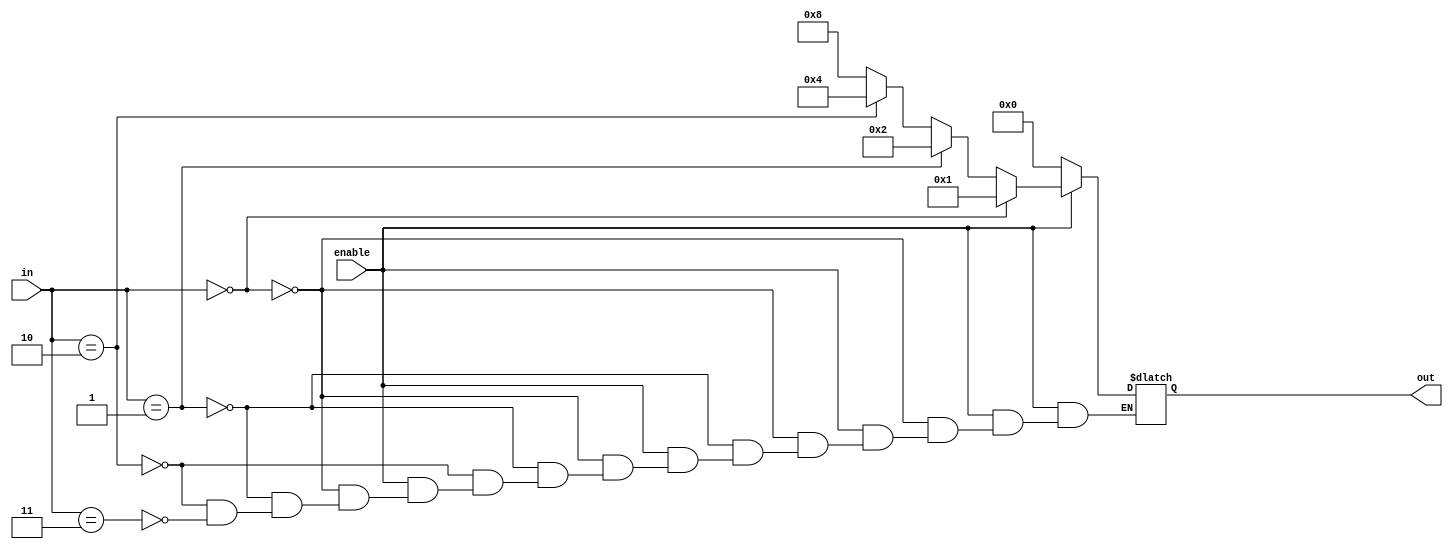
module binary_decoder(
  input wire [1:0] in,
  input wire enable,
  output reg [3:0] out
  );

  always @(enable, in[1], in[0])
  begin
  if (enable == 1'b0)   out = 4'b0000;
  else if (in == 2'b00) out = 4'b0001;
  else if (in == 2'b01) out = 4'b0010;
  else if (in == 2'b10) out = 4'b0100;
  else if (in == 2'b11) out = 4'b1000;
  end
endmodule


`timescale 1ns / 1ps

module stimulus;
  reg [1:0] in;
  reg enable;
  wire [3:0] out;

  binary_decoder uut( .in(in), .enable(enable), .out(out));

  initial begin
    in = 4'b00;
    enable = 0;
    #20 enable = 1;
  end
endmodule